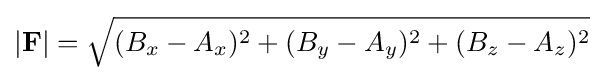
|\mathbf {F} |={\sqrt {(B_{x}-A_{x})^{2}+(B_{y}-A_{y})^{2}+(B_{z}-A_{z})^{2}}}